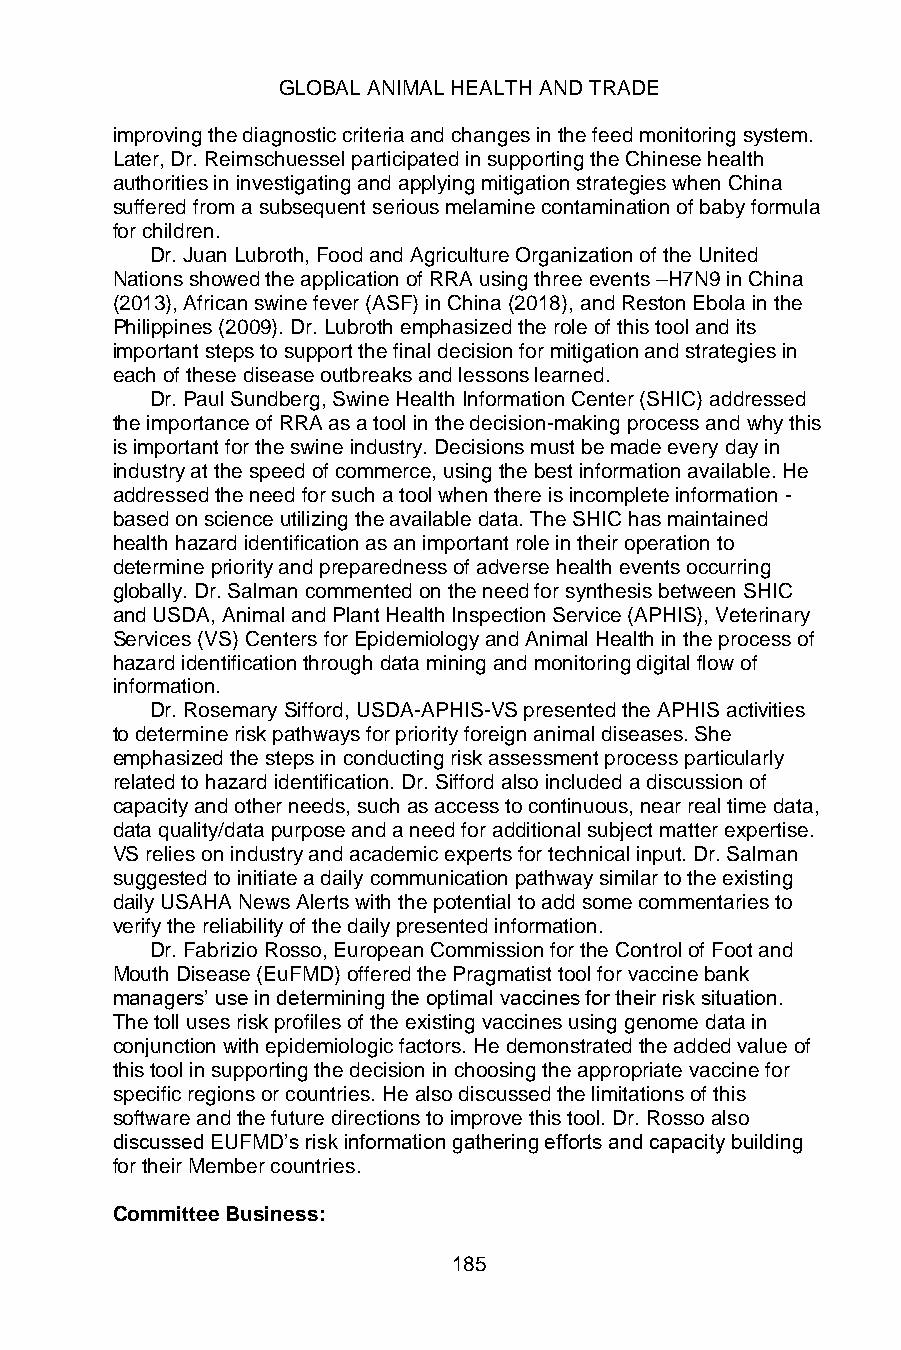
GLOBAL ANIMAL HEALTH AND TRADE
 improving the diagnostic criteria and changes in the feed monitoring system.
 Later, Dr. Reimschuessel participated in supporting the Chinese health
 authorities in investigating and applying mitigation strategies when China
 suffered from a subsequent serious melamine contamination of baby formula
 for children.
 Dr. Juan Lubroth, Food and Agriculture Organization of the United
 Nations showed the application of RRA using three events –H7N9 in China
 (2013), African swine fever (ASF) in China (2018), and Reston Ebola in the
 Philippines (2009). Dr. Lubroth emphasized the role of this tool and its
 important steps to support the final decision for mitigation and strategies in
 each of these disease outbreaks and lessons learned.
 Dr. Paul Sundberg, Swine Health Information Center (SHIC) addressed
 the importance of RRA as a tool in the decision-making process and why this
 is important for the swine industry. Decisions must be made every day in
 industry at the speed of commerce, using the best information available. He
 addressed the need for such a tool when there is incomplete information -
 based on science utilizing the available data. The SHIC has maintained
 health hazard identification as an important role in their operation to
 determine priority and preparedness of adverse health events occurring
 globally. Dr. Salman commented on the need for synthesis between SHIC
 and USDA, Animal and Plant Health Inspection Service (APHIS), Veterinary
 Services (VS) Centers for Epidemiology and Animal Health in the process of
 hazard identification through data mining and monitoring digital flow of
 information.
 Dr. Rosemary Sifford, USDA-APHIS-VS presented the APHIS activities
 to determine risk pathways for priority foreign animal diseases. She
 emphasized the steps in conducting risk assessment process particularly
 related to hazard identification. Dr. Sifford also included a discussion of
 capacity and other needs, such as access to continuous, near real time data,
 data quality/data purpose and a need for additional subject matter expertise.
 VS relies on industry and academic experts for technical input. Dr. Salman
 suggested to initiate a daily communication pathway similar to the existing
 daily USAHA News Alerts with the potential to add some commentaries to
 verify the reliability of the daily presented information.
 Dr. Fabrizio Rosso, European Commission for the Control of Foot and
 Mouth Disease (EuFMD) offered the Pragmatist tool for vaccine bank
 managers’ use in determining the optimal vaccines for their risk situation.
 The toll uses risk profiles of the existing vaccines using genome data in
 conjunction with epidemiologic factors. He demonstrated the added value of
 this tool in supporting the decision in choosing the appropriate vaccine for
 specific regions or countries. He also discussed the limitations of this
 software and the future directions to improve this tool. Dr. Rosso also
 discussed EUFMD’s risk information gathering efforts and capacity building
 for their Member countries.
 Committee Business:
 185